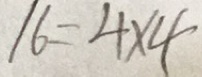
1 6 = 4 \times 4